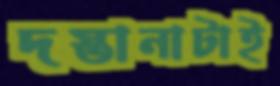
দস্তানাটাই